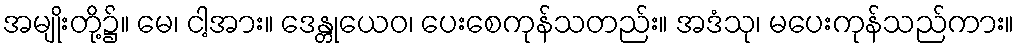
အမျိုးတို့၌။ မေ၊ ငါ့အား။ ဒေန္တုယေဝ၊ ပေးစေကုန်သတည်း။ အဒံသု၊ မပေးကုန်သည်ကား။